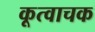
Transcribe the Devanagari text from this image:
कूत्वाचक